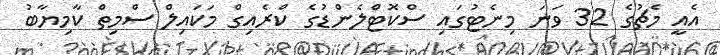
އެއީ މެޗުގެ 32 ވަނަ މިނެޓުގައި ސްކޮޓްލެންޑުގެ ކްރެއިގް މަކައިލް ސްމިތް ކާމިޔާބު